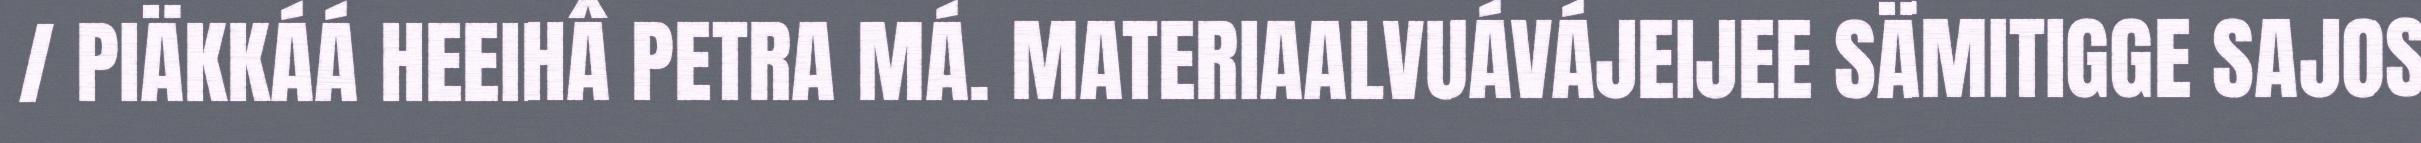
/ PIÄKKÁÁ HEEIHÂ PETRA MÁ. MATERIAALVUÁVÁJEIJEE SÄMITIGGE SAJOS